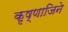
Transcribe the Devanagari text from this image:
कृष्णाजिने